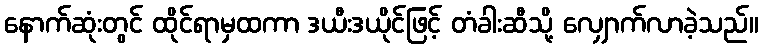
နောက်ဆုံးတွင် ထိုင်ရာမှထကာ ဒယီးဒယိုင်ဖြင့် တံခါးဆီသို့ လျှောက်လာခဲ့သည်။